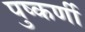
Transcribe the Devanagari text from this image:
पुष्कर्णी